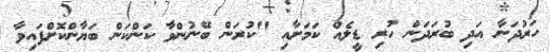
ހަރުދަނާ އަދި ބުރަދަން ހުރި ޑީލެއް ކަމަށާއި "ކުރަން ބޭނުންވާ ކަންކަން ބަޔާންކޮށްފައިވާ